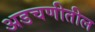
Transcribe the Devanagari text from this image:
अडचणीतील